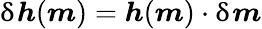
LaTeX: \updelta{\boldsymbol{h}}({\boldsymbol{m}})={\boldsymbol{h}}({\boldsymbol{m}})\cdot\updelta{\boldsymbol{m}}